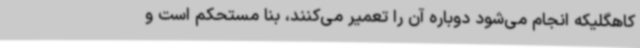
کاهگلیکه انجام می‌شود دوباره آن را تعمیر می‌کنند، بنا مستحکم است و